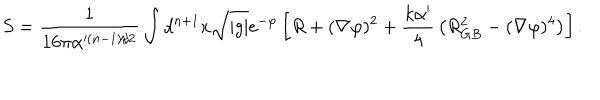
S = { \frac { 1 } { 1 6 \pi \alpha ^ { ( n - 1 ) / 2 } } } \int d ^ { n + 1 } x \sqrt { | g | } e ^ { - \varphi } \left[ R + ( \nabla \varphi ) ^ { 2 } + { \frac { k \alpha ^ { \prime } } { 4 } } \left( R _ { G B } ^ { 2 } - ( \nabla \varphi ) ^ { 4 } \right) \right] .